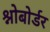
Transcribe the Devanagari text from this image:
श्नोबोर्डर